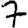
Digit: 7